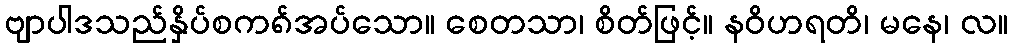
ဗျာပါဒသည်နှိပ်စက၈်အပ်သော။ စေတသာ၊ စိတ်ဖြင့်။ နဝိဟရတိ၊ မနေ၊ လ။